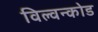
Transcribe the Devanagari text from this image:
विल्वन्कोड